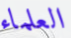
العلماء